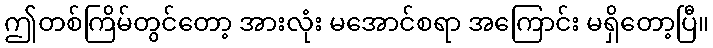
ဤတစ်ကြိမ်တွင်တော့ အားလုံး မအောင်စရာ အကြောင်း မရှိတော့ပြီ။